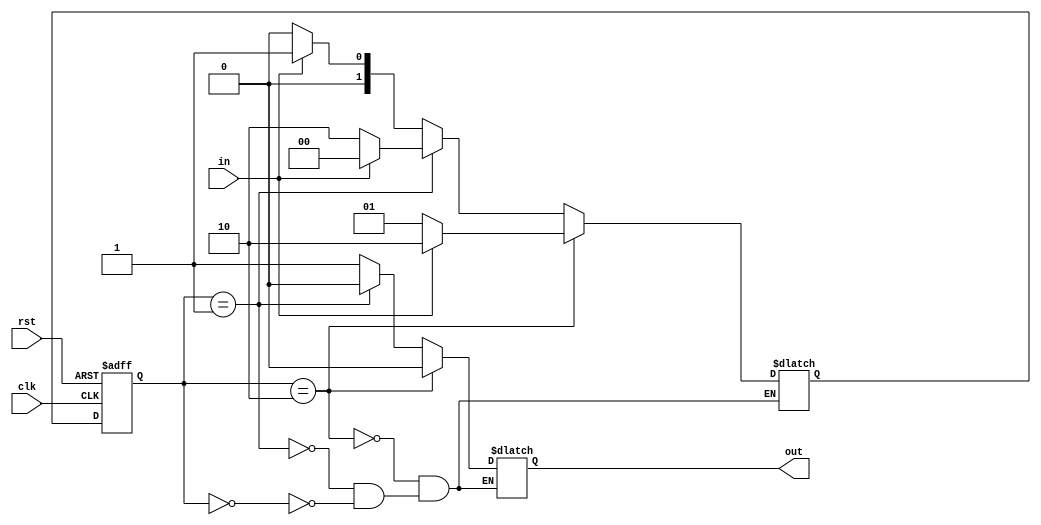
`timescale 1ns / 1ps
//////////////////////////////////////////////////////////////////////////////////
// Assignment no - 5
// Problem no - 3
// Semester - Autumn(2021-2022)
// Group No - 48
// Members - Vinit Raj, Aryan Agarwal
// Company: 
// Engineer: 
//
// Design Name: 
// Module Name:    MOD3_FSM 
// Project Name: 
// Target Devices: 
// Tool versions: 
// Description: 
//
// Dependencies: 
//
// Revision: 
// Revision 0.01 - File Created
// Additional Comments: 
//
//////////////////////////////////////////////////////////////////////////////////
module MOD3_FSM(in, rst, clk, out);
  input in, rst, clk;
  output reg out;
  reg [1:0] PS, NS; //previous and next state
  parameter s0 = 2'b00, s1 = 2'b01, s2 = 2'b10; //s0 -> remainder = 0, s1 -> remainder = 1 and  s2 -> remainder = 2
  
  //seq part
  always @(posedge clk or posedge rst) begin
      if(rst)
        PS <= s0;
      else
        PS <= NS;
  end

  //next state logic
  always @(PS or in) begin
      if(PS == s0) begin
        if(in == 0)
          NS = s0;
        else
          NS = s1;
      end
      if(PS==s1) begin
        if(in==0) 
          NS = s2;
        else 
          NS = s0;
      end
      if(PS==s2) begin
        if(in==0) 
          NS = s1;
        else 
          NS = s2;
      end
    end
      
	 //output logic	0 -> not div by 3 and 1 -> div by 3
    always @(PS or in) begin
      if(PS==s0) out = 1;
      if(PS==s1) out = 0;
      if(PS==s2) out = 0;
    end
	 always @(*) begin
		$display("time =  %0t clk = %b PS = %b, in = %b NS = %b ", $time, clk, PS, in, NS);
	 end
endmodule